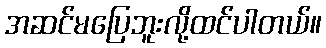
အဆင်မပြေဘူးလို့ထင်ပါတယ်။